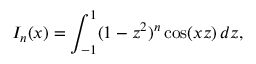
I _ { n } ( x ) = \int _ { - 1 } ^ { 1 } ( 1 - z ^ { 2 } ) ^ { n } \cos ( x z ) \, d z ,